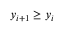
y _ { i + 1 } \ge y _ { i }